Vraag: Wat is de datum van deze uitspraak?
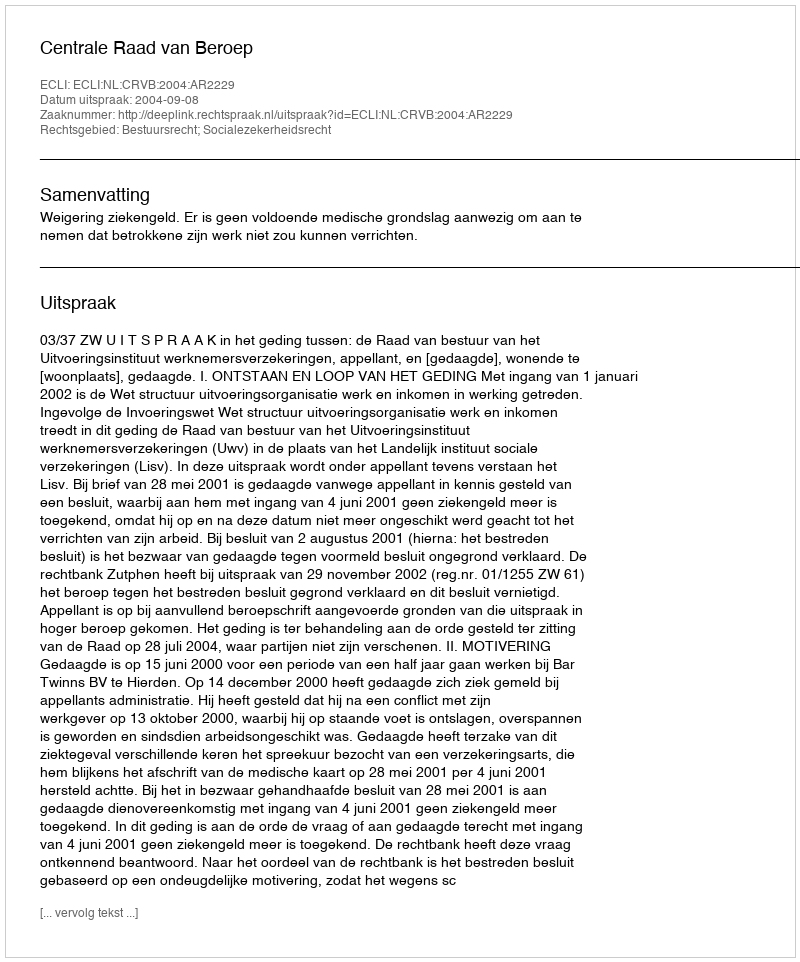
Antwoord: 2004-09-08